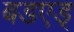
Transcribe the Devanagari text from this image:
बडएड्